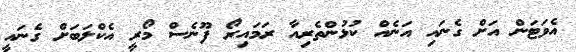
އެވަޓަން އަށް ގެނައި އަނެއް ކުޅުންތެރިއާ ރަމައިރޯ ފޫނެސް މޯރީ އެކްލަބަށް ގެނައީ